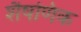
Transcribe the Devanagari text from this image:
शैषणिक